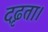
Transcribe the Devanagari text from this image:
दृढता।